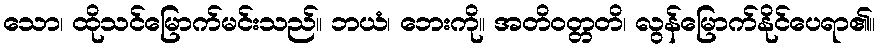
သော၊ ထိုသင်မြောက်မင်းသည်။ ဘယံ၊ ဘေးကို။ အတိဝတ္တတိ၊ လွန်မြောက်နိုင်ပေရာ၏။